Report on the working of the Ranchi Indian Mental Hospital, Kanke, in Bihar and Orissa - 1930-1940
Year: 1930
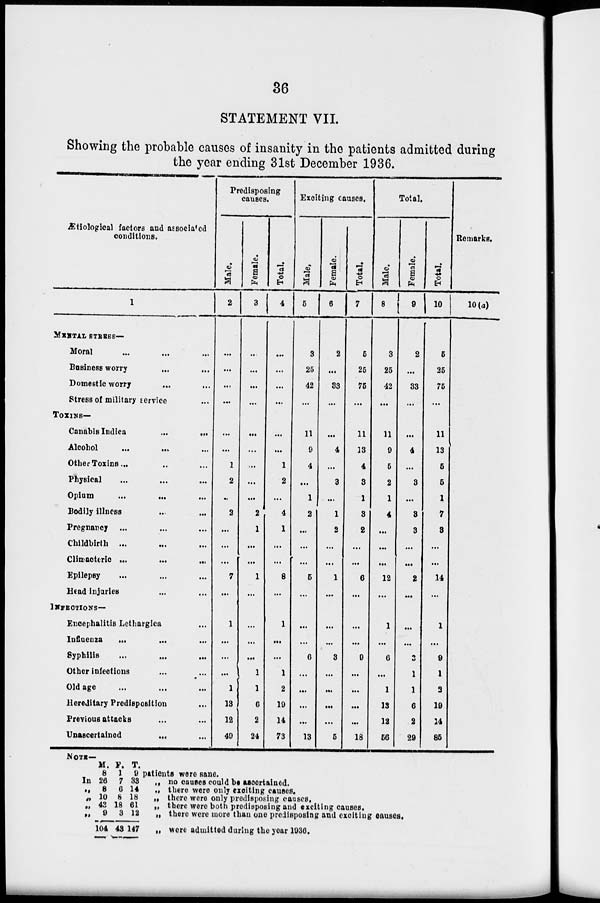
36
STATEMENT VII.
Showing the probable causes of insanity in the patients admitted during
the year ending 31st December 1936.
Ætiological factors and associated
conditions.
1
MENTAL STRESS—
Moral ... ... ...
Business worry ... ...
Domestic worry ... ...
Stress of military service ...
TOXINS—
Canabis Indica
...
...
Alcohol ... ... ...
Other Toxins... ... ...
Physical ... ... ...
Opium
...
...
...
Bodily illness ... ...
Pregnancy ... ... ...
Childbirth ... ... ...
Climacteric ... ... ...
Epilepsy ... ... ...
Head injuries ... ...
INFECTIONS—
Encephalitis Lethargica ...
Influenza
... ... ...
Syphilis ... ... ...
Other infections ... ...
Old age ... ... ...
Hereditary Predisposition ...
Previous attacks ... ...
Unascertained ... ...
Predisposing
causes.
Male.
2
...
...
...
...
...
...
1
2
...
2
...
...
...
7
...
1
...
...
...
1
13
12
49
Female.
3
...
...
...
...
...
...
...
...
...
2
1
...
...
1
...
...
...
...
1
1
6
2
24
Total.
4
...
...
...
...
...
...
1
2
...
4
1
...
...
8
...
1
...
...
1
2
19
14
73
Exciting causes.
Male.
5
3
25
42
...
11
9
4
...
1
2
...
...
...
5
...
...
...
6
...
...
...
...
13
Female.
6
2
...
33
...
...
4
...
3
...
1
2
...
...
1
...
...
...
3
...
...
...
...
5
Total.
7
5
25
75
...
11
13
4
3
1
3
2
...
...
6
...
...
...
9
...
...
...
...
18
Total.
Male.
8
3
25
42
...
11
9
5
2
1
4
...
...
...
12
...
1
...
6
...
1
13
12
56
Female.
9
2
...
33
...
...
4
...
3
...
3
3
...
...
2
...
...
...
3
1
1
6
2
29
Total.
10
5
25
75
...
11
13
5
5
1
7
3
...
...
14
...
1
...
9
1
2
19
14
85
Remarks.
10(a)
NOTE—
In
„
„
„
„
M.
8
26
8
10
43
9
104
F.
1
7
6
8
18
3
43
T.
9
33
14
18
61
12
147
patients were sane.
„ no causes could be ascertained.
„ there were only exciting causes.
„ there were only predisposing causes.
„ there were both predisposing and exciting causes.
„ there were more than one predisposing and exciting causes.
„ were admitted during the year 1936.